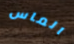
الماس